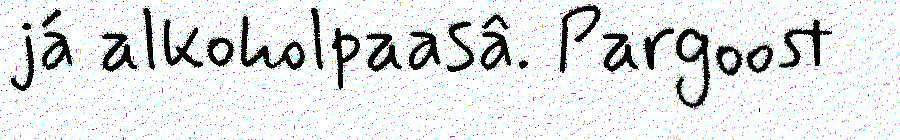
já alkoholpaasâ. Pargoost